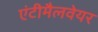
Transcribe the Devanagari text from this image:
एंटीमैलवेयर